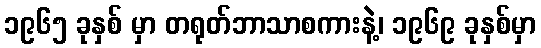
၁၉၆၅ ခုနှစ် မှာ တရုတ်ဘာသာစကားနဲ့၊ ၁၉၆၉ ခုနှစ်မှာ